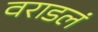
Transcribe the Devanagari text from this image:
वराडलं